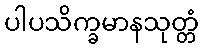
ပါပသိက္ခမာနသုတ္တံ